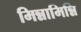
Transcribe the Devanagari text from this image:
मिन्नामिन्नि